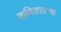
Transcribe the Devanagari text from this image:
कविताग्रन्थ